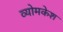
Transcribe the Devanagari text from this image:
व्‍योमकेश